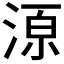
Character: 𱧊